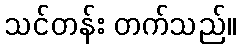
သင်တန်း တက်သည်။